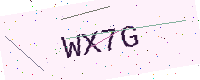
Text: WX7G